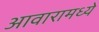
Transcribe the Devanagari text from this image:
आवारामध्ये